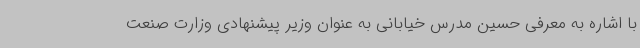
با اشاره به معرفی حسین مدرس خیابانی به عنوان وزیر پیشنهادی وزارت صنعت